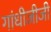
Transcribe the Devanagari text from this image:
गांधीजीजी